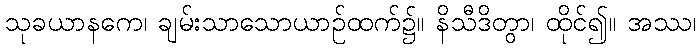
သုခယာနကေ၊ ချမ်းသာသောယာဉ်ထက်၌။ နိသီဒိတွာ၊ ထိုင်၍။ အဿ၊